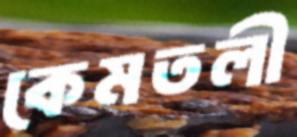
কেমতলী